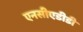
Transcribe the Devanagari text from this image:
एनसीएडीडी